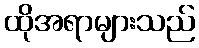
ထိုအရာများသည်